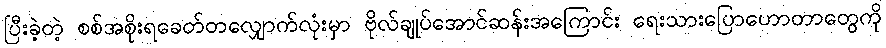
ပြီးခဲ့တဲ့ စစ်အစိုးရခေတ်တလျှောက်လုံးမှာ ဗိုလ်ချုပ်အောင်ဆန်းအကြောင်း ရေးသားပြောဟောတာတွေကို